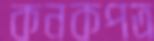
কনকপত্র